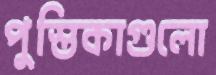
পুস্তিকাগুলো